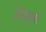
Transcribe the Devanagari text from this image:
जित्सुग्यो